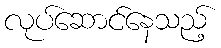
လုပ်ဆောင်နေသည့်